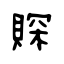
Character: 賝